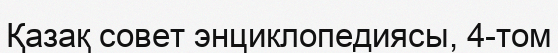
Қазақ совет энциклопедиясы, 4-том